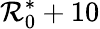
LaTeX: \mathcal{R}_{0}^{\ast}+10